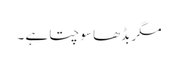
مگر بڈھا سوچتا ہے ۔